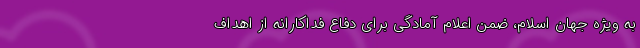
به ویژه جهان اسلام، ضمن اعلام آمادگی برای دفاع فداکارانه از اهداف